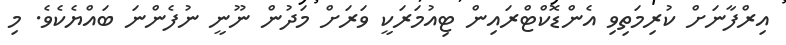
އިރްފާނަށް ކުރިމަތިވި އެންޑޮކްޓްރައިން ޓިއުމަރަކީ ވަރަށް މަދުން ނޫނީ ނުފެންނަ ބައްޔެކެވެ. މި